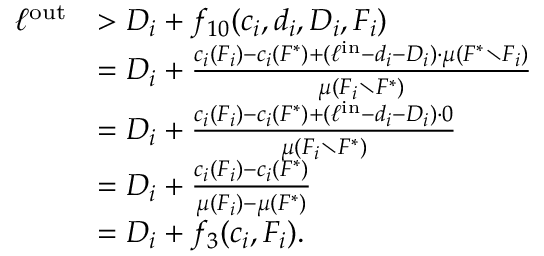
\begin{array} { r l } { \ell ^ { \mathrm { o u t } } } & { > D _ { i } + f _ { 1 0 } ( c _ { i } , d _ { i } , D _ { i } , F _ { i } ) } \\ { } & { = D _ { i } + \frac { c _ { i } ( F _ { i } ) - c _ { i } ( F ^ { * } ) + ( \ell ^ { \mathrm { i n } } - d _ { i } - D _ { i } ) \cdot \mu \left( F ^ { * } \setminus F _ { i } \right) } { \mu \left( F _ { i } \setminus F ^ { * } \right) } } \\ { } & { = D _ { i } + \frac { c _ { i } ( F _ { i } ) - c _ { i } ( F ^ { * } ) + ( \ell ^ { \mathrm { i n } } - d _ { i } - D _ { i } ) \cdot 0 } { \mu \left( F _ { i } \setminus F ^ { * } \right) } } \\ { } & { = D _ { i } + \frac { c _ { i } ( F _ { i } ) - c _ { i } ( F ^ { * } ) } { \mu ( F _ { i } ) - \mu ( F ^ { * } ) } } \\ { } & { = D _ { i } + f _ { 3 } ( c _ { i } , F _ { i } ) . } \end{array}